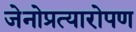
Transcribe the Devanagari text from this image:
जेनोप्रत्यारोपण